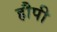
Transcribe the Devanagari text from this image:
हौपी